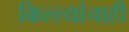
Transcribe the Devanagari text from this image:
किल्ल्यांचाही